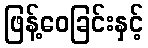
ဖြန့်ဝေခြင်းနှင့်